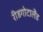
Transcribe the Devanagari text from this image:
रीडगोटालैंड